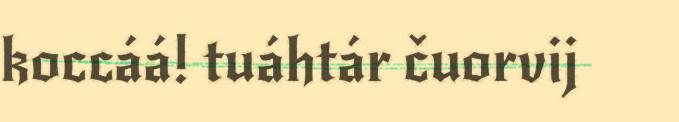
koccáá! tuáhtár čuorvij